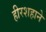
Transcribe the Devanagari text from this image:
हीरशहाने